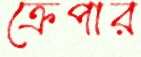
ক্রেপার